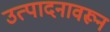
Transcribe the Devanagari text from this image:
उत्पादनावरून